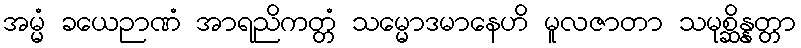
အမ္မံ ခယေဉာဏံ အာရညိကတ္တံ သမ္မောဒမာနေဟိ မူလဇာတာ သမုစ္ဆိန္နတ္တာ